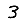
Digit: 3